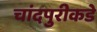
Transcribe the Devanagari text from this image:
चांदपुरीकडे